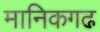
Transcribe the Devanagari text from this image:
मानिकगढ